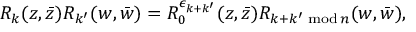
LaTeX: { R } _ { k } ( z , \bar { z } ) { R } _ { k ^ { \prime } } ( w , \bar { w } ) = { R } _ { 0 } ^ { \epsilon _ { k + k ^ { \prime } } } ( z , \bar { z } ) { R } _ { k + k ^ { \prime } \, \, \mathrm { m o d } \, n } ( w , \bar { w } ) ,